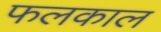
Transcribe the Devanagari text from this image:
फलकाल